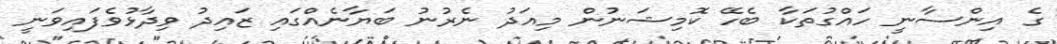
ގެ އިންސާނީ ހައްގުތަކާ ބެހޭ ކޮމިޝަނުން މިއަދު ނެރުނު ބަޔާނެއްގައި ޒައިދު ވިދާޅުވެފައިވަނީ